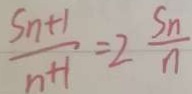
\frac { S n + 1 } { n + 1 } = 2 \frac { S n } { n }